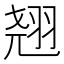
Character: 翘